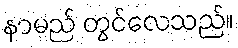
နာမည် တွင်လေသည်။